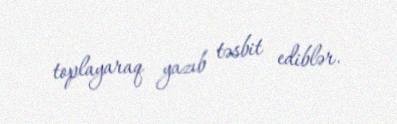
toplayaraq yazıb təsbit ediblər.